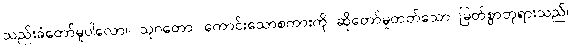
သည်းခံတော်မူပါလော။ သုဂတော၊ ကောင်းသောစကားကို ဆိုတော်မူတတ်သော မြတ်စွာဘုရားသည်။